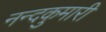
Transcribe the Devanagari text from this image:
नन्दकुमारी